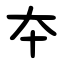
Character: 夲